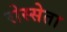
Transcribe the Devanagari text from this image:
रोस्सेता